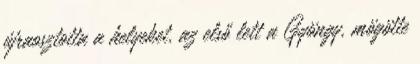
újraosztotta a helyeket, az első lett a Gyöngy, mögötte